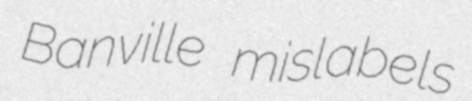
Banville mislabels